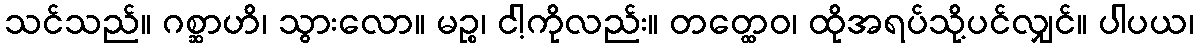
သင်သည်။ ဂစ္ဆာဟိ၊ သွားလော။ မဉ္စ၊ ငါ့ကိုလည်း။ တတ္ထေဝ၊ ထိုအရပ်သို့ပင်လျှင်။ ပါပယ၊